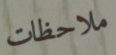
ملاحظات